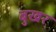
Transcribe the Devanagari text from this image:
बुखर